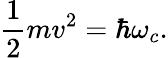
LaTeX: {\frac{1}{2}}mv^{2}=\hbar\omega_{c}.